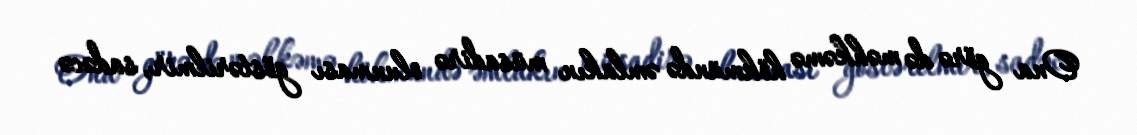
Ona görə də məhkəmə hökmündə əmlakın müsadirə olunması göstərilmir, sadəcə